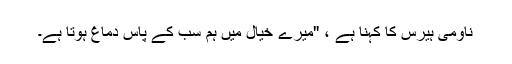
ناومی ہیرس کا کہنا ہے ، "میرے خیال میں ہم سب کے پاس دماغ ہوتا ہے۔